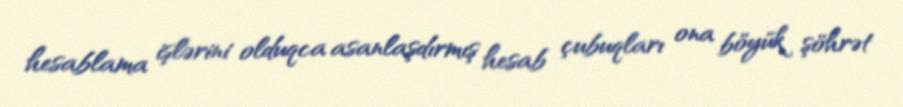
hesablama işlərini olduqca asanlaşdırmış hesab çubuqları ona böyük şöhrət